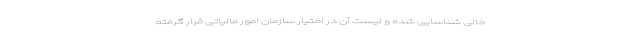
خالی شناسایی شده و لیست آن در اختیار سازمان امور مالیاتی قرار گرفته